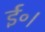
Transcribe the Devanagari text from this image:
ई॰।